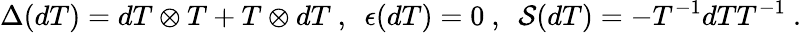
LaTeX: \Delta(dT)=dT\otimes T+T\otimes dT~,{}~~\epsilon(dT)=0~,~~{\cal S}(dT)=-T^{-1}dTT^{-1}~.